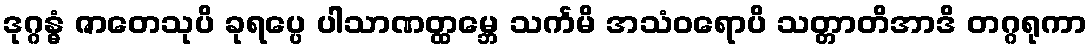
ဒုဂ္ဂန္ဓံ ဇာတေသုပိ ခုရပ္ပေ ပါသာဏတ္ထမ္ဘေ သင်္ကမိ အသံဝရောပိ သတ္တာတိအာဒိ တဂ္ဂရုကာ